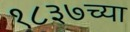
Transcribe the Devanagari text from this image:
१८३७च्या